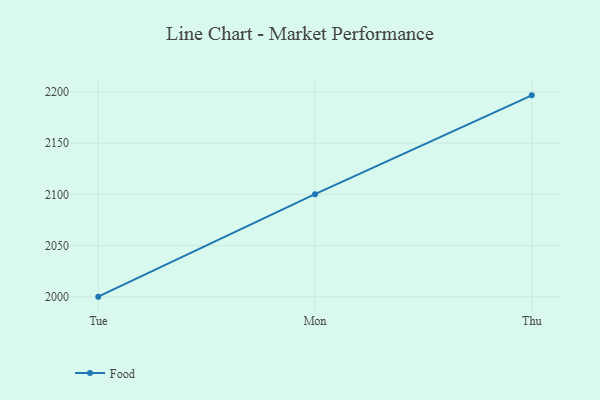
{"axis": {"x": "Day", "y": "Energy Usage (MWh)"}, "legend": ["Food"], "data": [{"x": "Tue", "y": 2000.1, "type": "Food"}, {"x": "Mon", "y": 2100.1, "type": "Food"}, {"x": "Thu", "y": 2196.6, "type": "Food"}]}